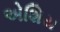
એશિય